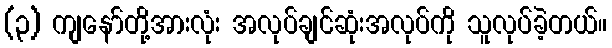
(၃) ကျနော်တို့အားလုံး အလုပ်ချင်ဆုံးအလုပ်ကို သူလုပ်ခဲ့တယ်။